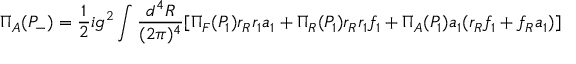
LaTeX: \Pi _ { A } ( P _ { - } ) = \frac { 1 } { 2 } i g ^ { 2 } \int \frac { d ^ { 4 } R } { ( 2 \pi ) ^ { 4 } } [ \Pi _ { F } ( P _ { 1 } ) r _ { R } r _ { 1 } a _ { 1 } + \Pi _ { R } ( P _ { 1 } ) r _ { R } r _ { 1 } f _ { 1 } + \Pi _ { A } ( P _ { 1 } ) a _ { 1 } ( r _ { R } f _ { 1 } + f _ { R } a _ { 1 } ) ]